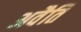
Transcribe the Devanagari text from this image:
अवैति